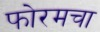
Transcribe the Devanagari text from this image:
फोरमचा